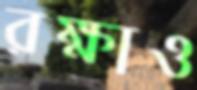
রক্ষাও